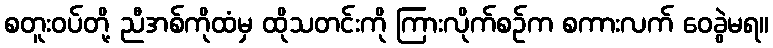
စတူးဝပ်တို့ ညီအစ်ကိုထံမှ ထိုသတင်းကို ကြားလိုက်စဉ်က စကားလက် ဝေခွဲမရ။